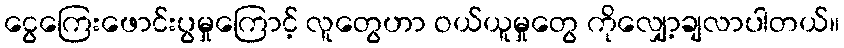
ငွေကြေးဖောင်းပွမှုကြောင့် လူတွေဟာ ဝယ်ယူမှုတွေ ကိုလျှော့ချလာပါတယ်။